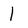
Character: 1